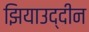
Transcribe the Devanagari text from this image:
झियाउद्दीन